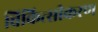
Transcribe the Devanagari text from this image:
चिकित्सीकरण